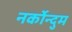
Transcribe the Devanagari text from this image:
नर्कोन्दुम